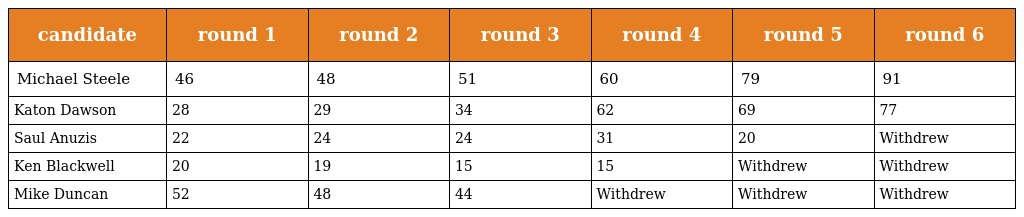
| candidate | round 1 | round 2 | round 3 | round 4 | round 5 | round 6 |
 | --- | --- | --- | --- | --- | --- | --- |
 | Michael Steele | 46 | 48 | 51 | 60 | 79 | 91 |
 | Katon Dawson | 28 | 29 | 34 | 62 | 69 | 77 |
 | Saul Anuzis | 22 | 24 | 24 | 31 | 20 | Withdrew |
 | Ken Blackwell | 20 | 19 | 15 | 15 | Withdrew | Withdrew |
 | Mike Duncan | 52 | 48 | 44 | Withdrew | Withdrew | Withdrew |